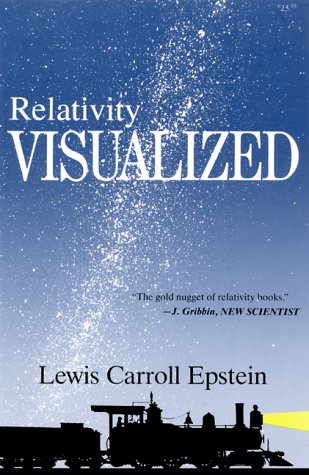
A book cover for Relativity Visualized; Lewis Carroll Epstein; Science & Math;